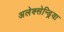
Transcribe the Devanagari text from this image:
अलेक्सेन्ड्रिया